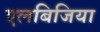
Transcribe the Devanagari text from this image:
एलबिजिया